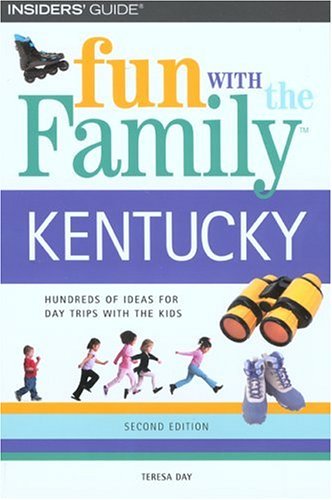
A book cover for Fun with the Family Kentucky, 2nd (Fun with the Family Series); Teresa Day; Travel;